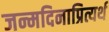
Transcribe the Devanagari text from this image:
जन्मदिनाप्रित्यर्थ